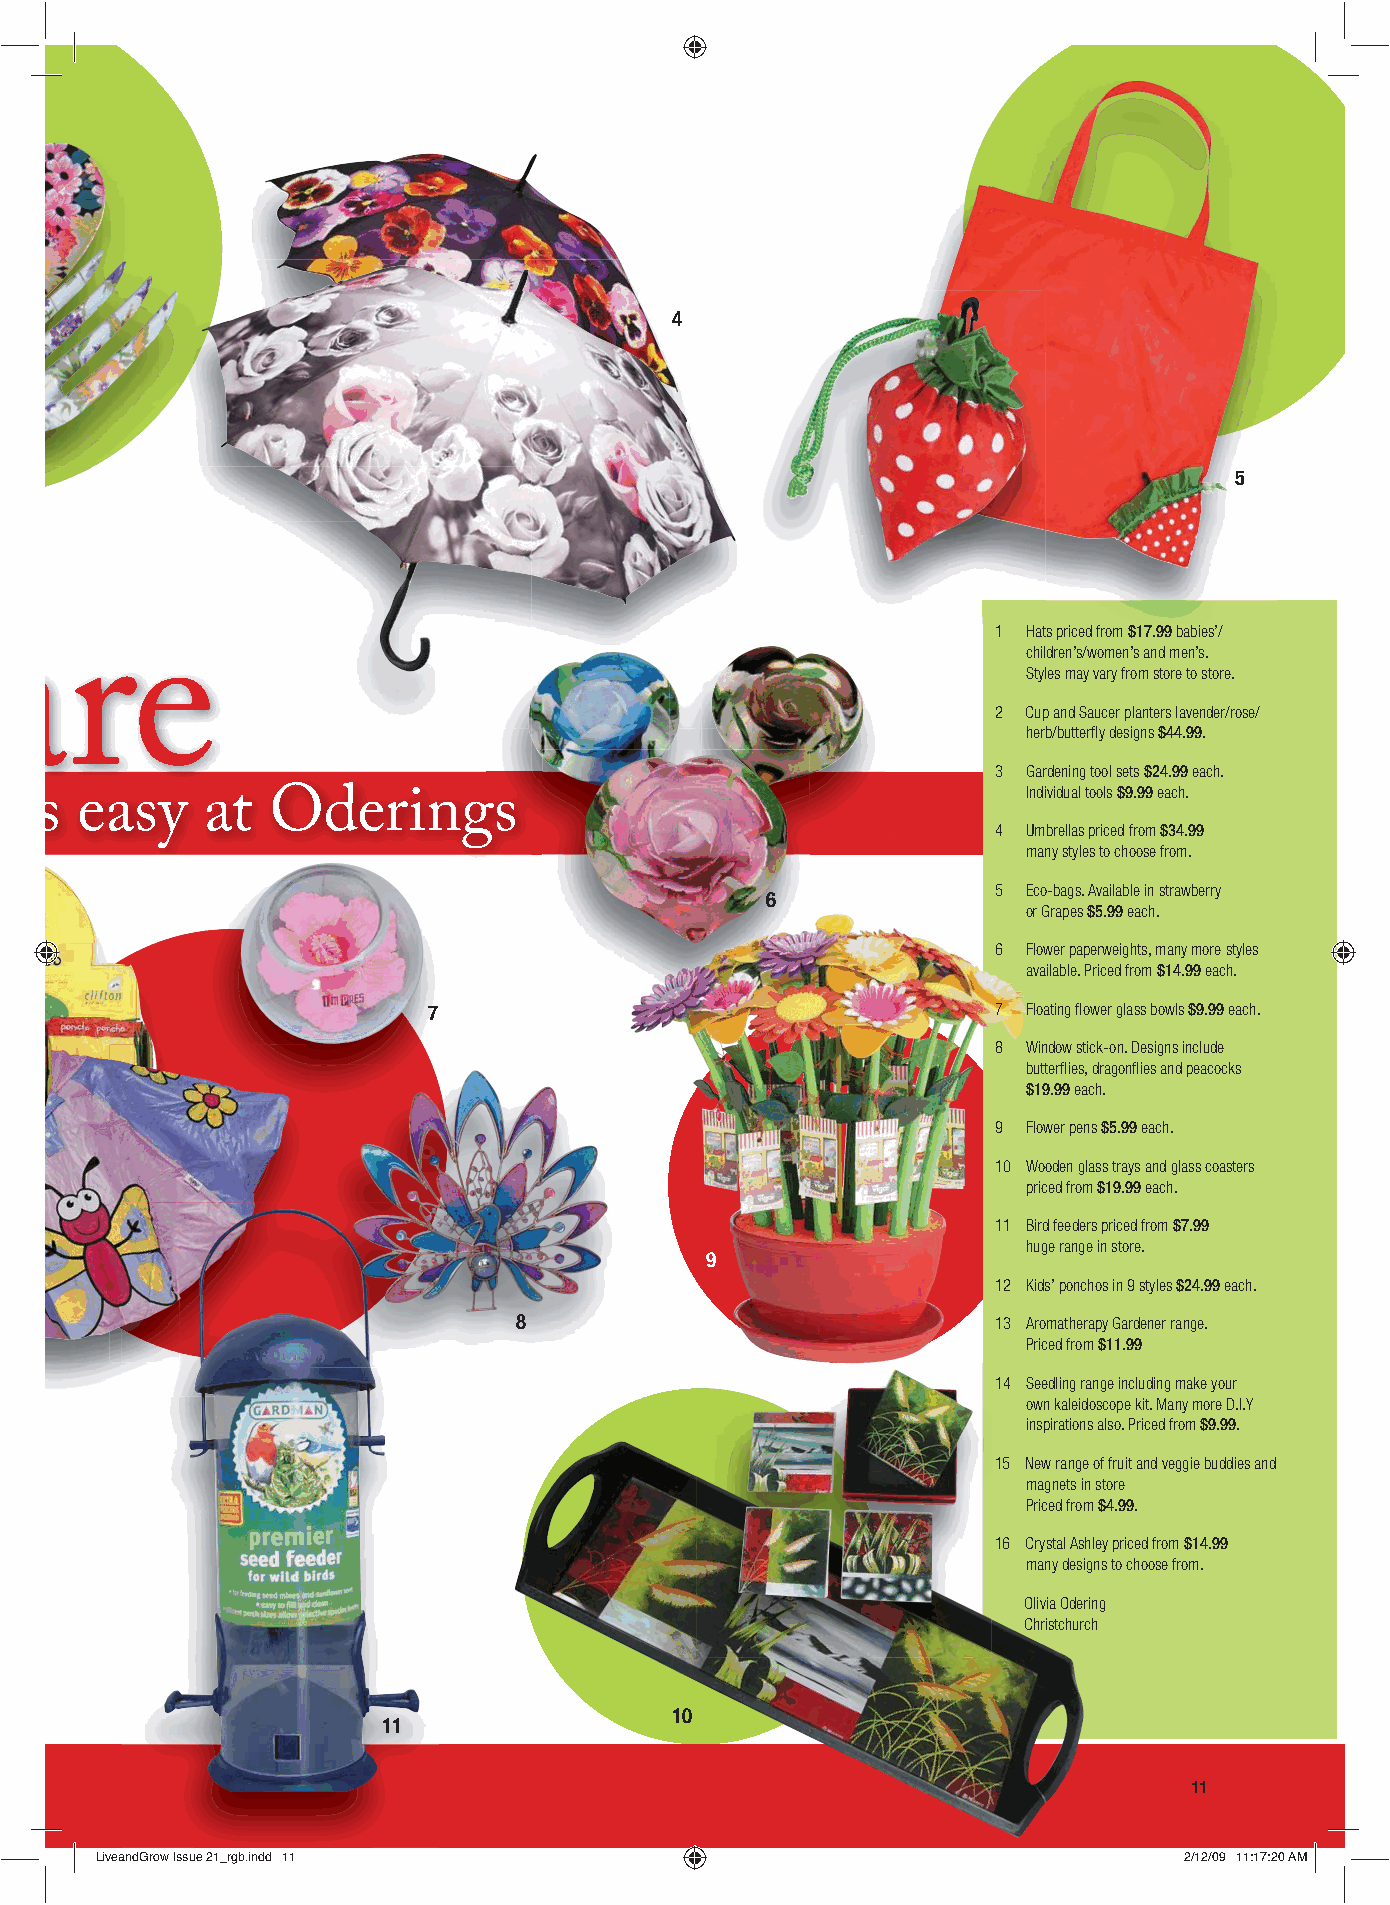
4
 5
 are
 1 Hats priced from $17.99 babies’/
 children’s/women’s and men’s.
 Styles may vary from store to store.
 2 Cup and Saucer planters lavender/rose/
 herb/butterfl y designs $44.99.
 3 Gardening tool sets $24.99 each.
 s  easy     at  Oderings                                          Individual tools $9.99 each.
 4 Umbrellas priced from $34.99
 many styles to choose from.
 5 Eco-bags. Available in strawberry
 6
 or Grapes $5.99 each.
 6 Flower paperweights, many more styles
 available. Priced from $14.99 each.
 7                                     7 Floating fl ower glass bowls $9.99 each.
 8 Window stick-on. Designs include
 butterfl ies, dragonfl ies and peacocks
 $19.99 each.
 9 Flower pens $5.99 each.
 10 Wooden glass trays and glass coasters
 priced from $19.99 each.
 11 Bird feeders priced from $7.99
 huge range in store.
 9
 12 Kids’ ponchos in 9 styles $24.99 each.
 8                               13 Aromatherapy Gardener range.
 Priced from $11.99
 14 Seedling range including make your
 own kaleidoscope kit. Many more D.I.Y
 inspirations also. Priced from $9.99.
 15 New range of fruit and veggie buddies and
 magnets in store
 Priced from $4.99.
 16 Crystal Ashley priced from $14.99
 many designs to choose from.
 Olivia Odering
 Christchurch
 10
 11
 11
 LLiivveeaannddGGrrooww IIssssuuee 2211__rrggbb..iinndddd 1111           22//1122//0099 1111::1177::2200 AAMM